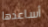
أساعدها